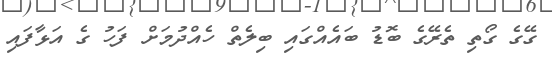
ގޭގެ ގޯތި ތެރޭގެ ބޮޑު ބައެއްގައި ބިލެތް ހެއްދުމަށް ފަހު ގެ އަޅާފައި